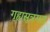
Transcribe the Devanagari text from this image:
गृह्यसूत्रगत